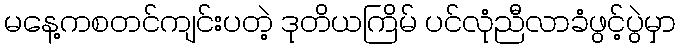
မနေ့ကစတင်ကျင်းပတဲ့ ဒုတိယကြိမ် ပင်လုံညီလာခံဖွင့်ပွဲမှာ